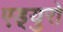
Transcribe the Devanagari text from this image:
एड्‌युरो